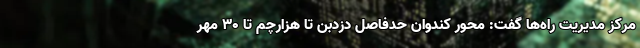
مرکز مدیریت راه‌ها گفت: محور کندوان حدفاصل دزدبن تا هزارچم تا 30 مهر